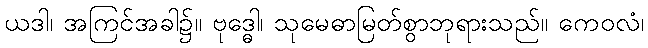
ယဒါ၊ အကြင်အခါ၌။ ဗုဒ္ဓေါ၊ သုမေဓာမြတ်စွာဘုရားသည်။ ကေဝလံ၊